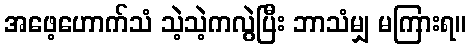
အဖေ့ဟောက်သံ သဲ့သဲ့ကလွဲပြီး ဘာသံမျှ မကြားရ။